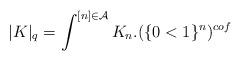
LaTeX: \begin{align*}|K|_{q} = \int^{[n]\in \mathcal{A}} K_n.(\{0<1\}^n)^{cof}\end{align*}